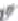
אות: ע